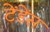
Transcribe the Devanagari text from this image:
टेंडेंस